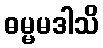
ဓမ္မမဒါသိ